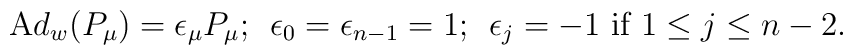
{\mathrm Ad}_w (P_\mu) = \epsilon_\mu P_\mu;\hskip.2cm \epsilon_0 = \epsilon_{n-1} =1;\hskip.2cm \epsilon_j =-1 \hbox{ if } 1\leq j \leq n-2.